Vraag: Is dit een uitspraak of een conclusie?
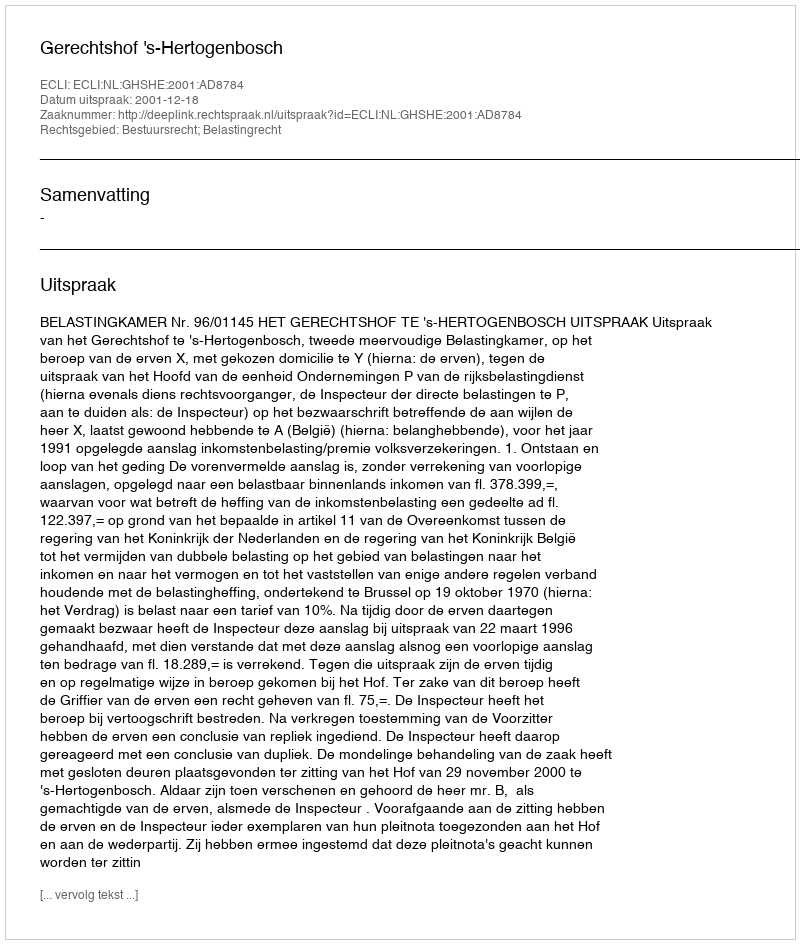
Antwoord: Uitspraak